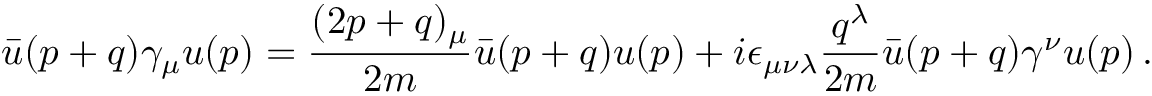
\bar { u } ( p + q ) \gamma _ { \mu } u ( p ) = \frac { ( 2 p + q ) _ { \mu } } { 2 m } \bar { u } ( p + q ) u ( p ) + i \epsilon _ { \mu \nu \lambda } \frac { q ^ { \lambda } } { 2 m } \bar { u } ( p + q ) \gamma ^ { \nu } u ( p ) \, .